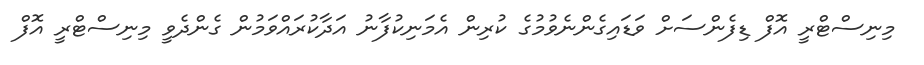
މިނިސްޓްރީ އޮފް ޑިފެންސަށް ވަޑައިގެންނެވުމުގެ ކުރިން އެމަނިކުފާނު އަދާކުރައްވަމުން ގެންދެވީ މިނިސްޓްރީ އޮފް